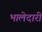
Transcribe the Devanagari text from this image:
भालेदारी